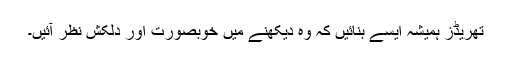
تھریڈز ہمیشہ ایسے بنائیں کہ وہ دیکھنے میں خوبصورت اور دلکش نظر آئیں۔